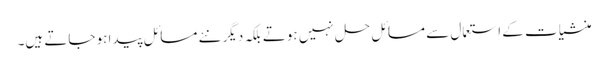
منشیات کے استعمال سے مسائل حل نہیں ہوتے بلکہ دیگر نئے مسائل پیدا ہو جاتے ہیں۔